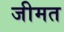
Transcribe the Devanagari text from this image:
जीमत